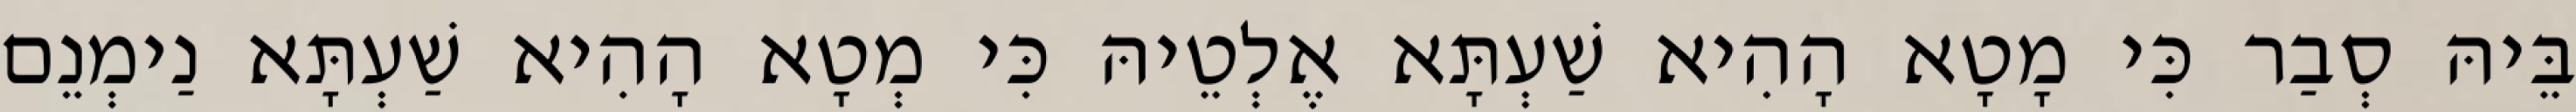
בֵּיהּ סְבַר כִּי מָטָא הָהִיא שַׁעְתָּא אֶלְטֵיהּ כִּי מְטָא הָהִיא שַׁעְתָּא נַימְנֵם